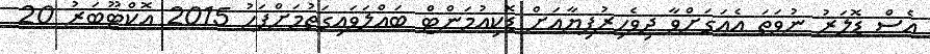
އެސް ޑޮލަރު ނުވަތަ އެއަގަށްވާ ދިވެހިރުފިޔާއަށް ޑޮކިއުމަންޓް ބައްލަވައިގަތުމަށްފަހު 2015 އޮކްޓޫބަރު 20